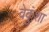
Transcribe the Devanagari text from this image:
वेकुंशा